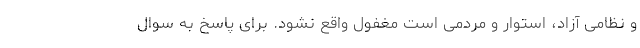
و نظامی آزاد، استوار و مردمی است مغفول واقع نشود. برای پاسخ به سوال